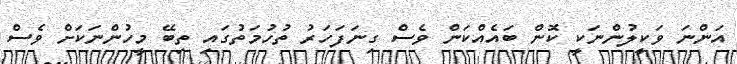
އަންނަ ވަކީލުންނަކީ ކޮން ބައެއްކަން ވެސް ގިނަަފަހަރު ތުހުމަތުގައި ތިބޭ މީހުންނަކަށް ވެސް